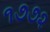
૧૭૭૨